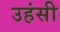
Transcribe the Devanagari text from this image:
उहंसी